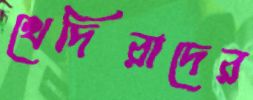
খেদিরাদের